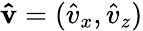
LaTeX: \mathbf{\hat{v}}=(\hat{v}_{x},\hat{v}_{z})